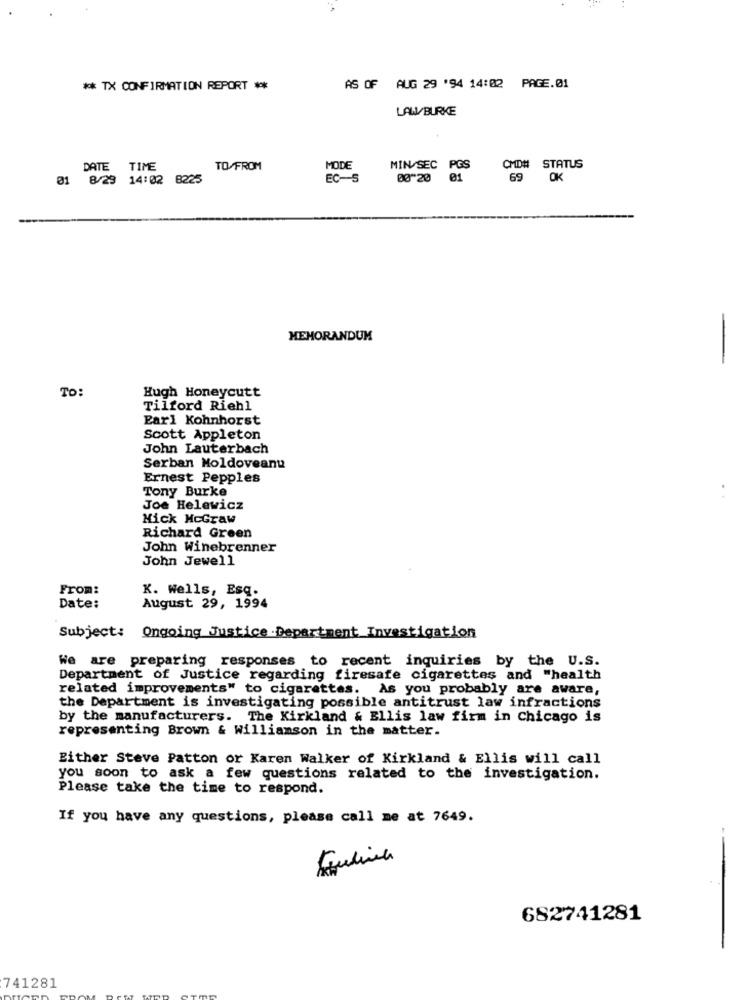
** TX CONFIRMATION REPORT **
AS OF AUG 29 '94 14:02
PAGE.01
LAW/BURKE
DATE TIME
TO/FROM
MODE
MIN SEC PGS
CMD# STATUS
01 8/29 14:02 8225
EC-5
00"20 01
69 OK
MEMORANDUM
-
To:
Hugh Honeycutt
Tilford Riehl
Earl Kohnhorst
Scott Appleton
John Lauterbach
Serban Moldoveanu
Ernest Pepples
Tony Burke
Joe Helewicz
Mick McGraw
Richard Green
John Winebrenner
John Jewell
From:
K. Wells, Esq.
Date:
August 29, 1994
Subject: Ongoing Justice Department Investigation
We are preparing responses to recent inquiries by the U.S.
Department of Justice regarding firesafe cigarettes and "health
related improvements" to cigarettes. As you probably are aware,
the Department is investigating possible antitrust law infractions
by the manufacturers. The Kirkland & Ellis law firm in Chicago is
representing Brown & williamson in the matter.
Either Steve Patton or Karen Walker of Kirkland & Ellis will call
you soon to ask a few questions related to the investigation.
Please take the time to respond.
If you have any questions, please call me at 7649.
682741281
741281